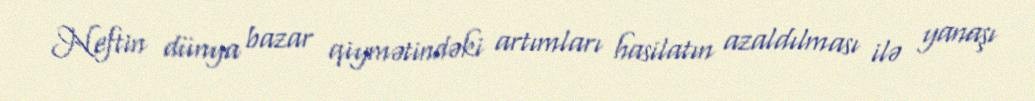
Neftin dünya bazar qiymətindəki artımları hasilatın azaldılması ilə yanaşı